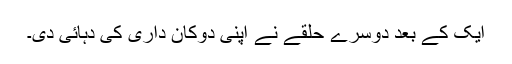
ایک کے بعد دوسرے حلقے نے اپنی دوکان داری کی دہائی دی۔